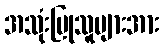
အသုံးပြုသူများအား